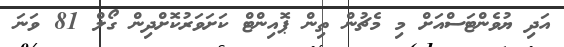
އަދި ޔުވެންޓަސްއަށް މި މެޗުން ތިން ޕޮއިންޓް ކަށަވަރުކޮށްދިން ގޯލް 81 ވަނަ